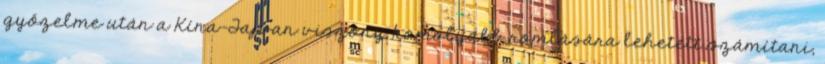
győzelme után a Kína-Tajvan viszony komolyabb romlására lehetett számítani,